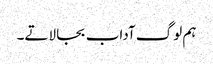
ہم لوگ آداب بجا لاتے۔